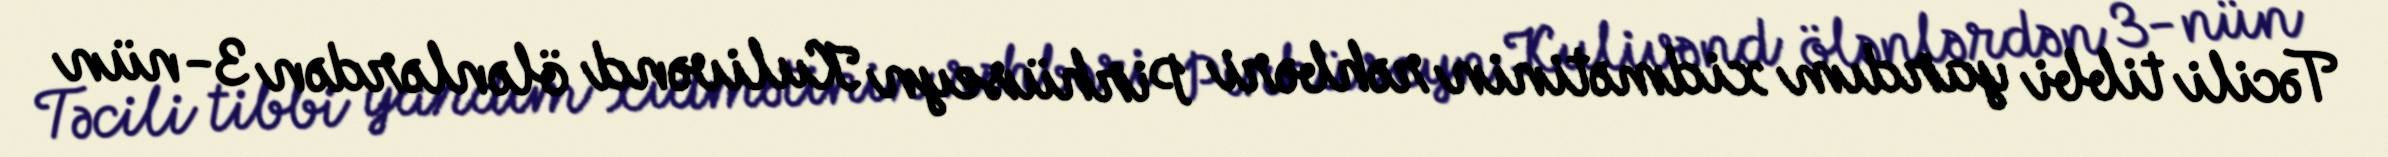
Təcili tibbi yardım xidmətinin rəhbəri Pirhüseyn Kulivənd ölənlərdən 3-nün